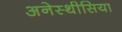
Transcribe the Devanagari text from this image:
अनेस्थीसिया